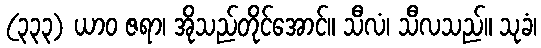
(၃၃၃) ယာဝ ဇရာ၊ အိုသည်တိုင်အောင်။ သီလံ၊ သီလသည်။ သုခံ၊